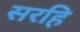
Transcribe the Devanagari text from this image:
सरहि